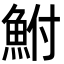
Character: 鮒